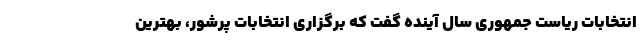
انتخابات ریاست جمهوری سال آینده گفت که برگزاری انتخابات پرشور، بهترین